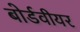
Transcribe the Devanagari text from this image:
बोर्डवीयर